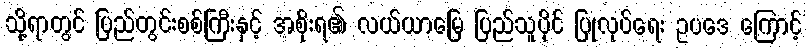
သို့ရာတွင် ပြည်တွင်းစစ်ကြီးနှင့် အစိုးရ၏ လယ်ယာမြေ ပြည်သူပိုင် ပြုလုပ်ရေး ဥပဒေ ကြောင့်